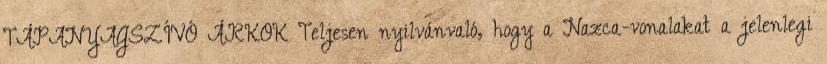
TÁPANYAGSZÍVÓ ÁRKOK Teljesen nyilvánvaló, hogy a Nazca-vonalakat a jelenlegi